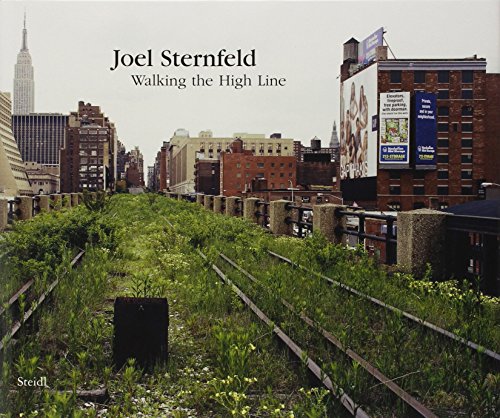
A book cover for Joel Sternfeld: Walking the High Line; Engineering & Transportation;